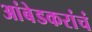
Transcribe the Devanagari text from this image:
आंबेडकरांचं